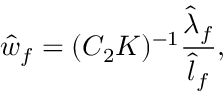
\hat { w } _ { f } = ( C _ { 2 } K ) ^ { - 1 } \frac { \hat { \lambda } _ { f } } { \hat { l } _ { f } } ,